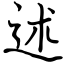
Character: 述